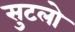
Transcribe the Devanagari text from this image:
सुटलो